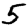
Digit: 5